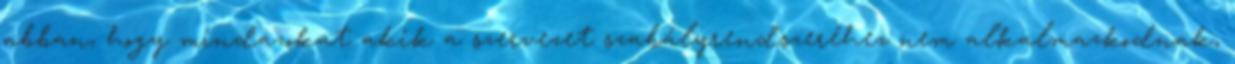
abban, hogy mindazokat akik a szervezet szabályrendszeréhez nem alkalmazkodnak,